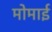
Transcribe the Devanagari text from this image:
मोमाई